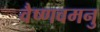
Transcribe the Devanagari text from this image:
वैष्णवमनु